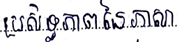
ប្រសិទ្ធិភាពនៃភាសា